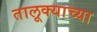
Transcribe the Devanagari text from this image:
तालूक्याच्या